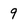
Character: 9